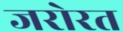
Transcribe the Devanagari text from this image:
जरोरत